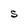
Character: S